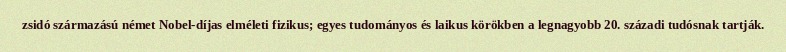
zsidó származású német Nobel-díjas elméleti fizikus; egyes tudományos és laikus körökben a legnagyobb 20. századi tudósnak tartják.